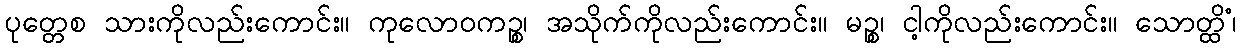
ပုတ္တေစ သားကိုလည်းကောင်း။ ကုလောဝကဉ္စ၊ အသိုက်ကိုလည်းကောင်း။ မဉ္စ၊ ငါ့ကိုလည်းကောင်း။ သောတ္ထိံ၊